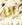
انا